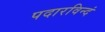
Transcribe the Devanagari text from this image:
पदारविन्दं